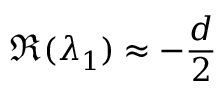
\Re ( \lambda _ { 1 } ) \approx - \frac { d } { 2 }